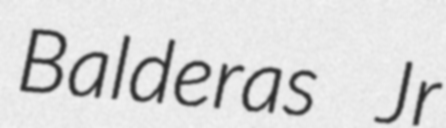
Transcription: Balderas Jr